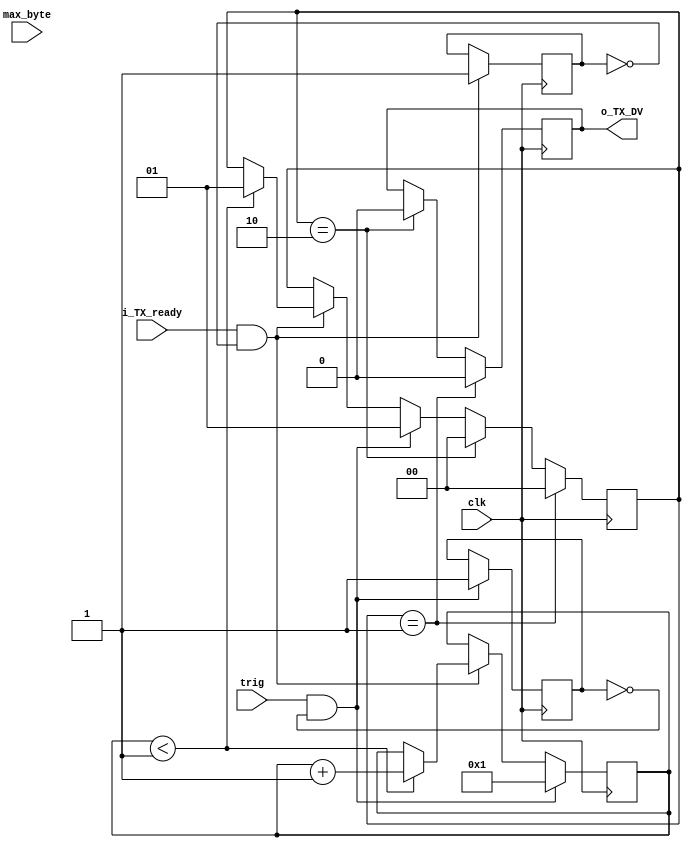
`timescale 1ns / 1ps
//////////////////////////////////////////////////////////////////////////////////
// Company: 
// Engineer: 
// 
// Design Name: 
// Module Name: SPI_trig
// Project Name: 
// Target Devices: 
// Tool Versions: 
// Description: 
// 
// Dependencies: 
// 
// Revision:
// Revision 0.01 - File Created
// Additional Comments:
// 
//////////////////////////////////////////////////////////////////////////////////


module SPI_trig #(parameter MAX_BYTE = 1)(
    input clk,
    input trig,
    input i_TX_ready,
    input [2:0] max_byte,
    //input reg[32:0] i_TX_Data,
    output reg o_TX_DV
    );
    
    reg[0:0] trig_flag = 0;
    reg[0:0] ready_flag = 0;
    reg[1:0] DV_flag = 0;
    reg[7:0] byte_count = 0;
    
    always @(posedge clk) begin
        //TX_ready
        if(i_TX_ready == 1'h0 && ready_flag == 1'h1) begin
            ready_flag <= 1'h0;  //reset flag
        end
        if(i_TX_ready == 1'h1 && ready_flag == 1'h0) begin
            ready_flag = 1'h1;  //set flag
            //o_TX_DV <= 1'b1;
            //DV_flag <= 2'h1;
            if(byte_count < MAX_BYTE) begin
                byte_count <= byte_count + 1'h1;
                o_TX_DV <= 1'b1;
                DV_flag <= 2'h1;
            end
        end
        //trig
        if(trig == 0 && trig_flag == 1'h1) begin
            trig_flag <= 1'h0;  //reset flag
        end
        if(trig == 1 && trig_flag == 1'h0 /*&& i_TX_ready == 1'h1 */) begin
            trig_flag = 1'h1;  //reset flag
            byte_count <= 8'h1; //reset byte_count
            o_TX_DV <= 1'b1;
            DV_flag <= 2'h1;
        end 
        //DV
        if(DV_flag == 2'h1) begin
            o_TX_DV = 1'b0;
            DV_flag <= 2'h0;
        end else if(DV_flag == 2'h2) begin
            o_TX_DV <= 1'b0;
            DV_flag <= 2'h0;
        end
    end
   
endmodule